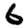
Digit: 6